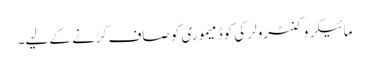
مائیکروکنٹرولر کی کوڈ میموری کو صاف کرنے کے لیے۔